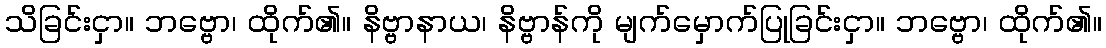
သိခြင်းငှာ။ ဘဗ္ဗော၊ ထိုက်၏။ နိဗ္ဗာနာယ၊ နိဗ္ဗာန်ကို မျက်မှောက်ပြုခြင်းငှာ။ ဘဗ္ဗော၊ ထိုက်၏။